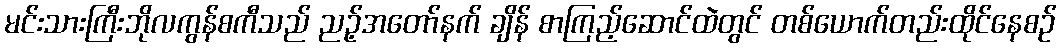
မင်းသားကြီးဘိုလကွန်စကီသည် ညဉ့်အတော်နက် ချိန် စာကြည့်ဆောင်ထဲတွင် တစ်ယောက်တည်းထိုင်နေစဉ်